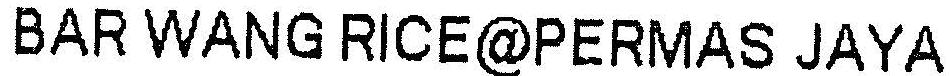
BAR WANG RICE@PERMAS JAYA